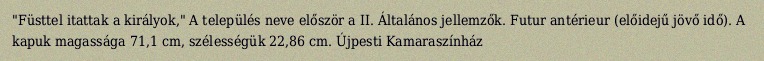
"Füsttel itattak a királyok," A település neve először a II. Általános jellemzők. Futur antérieur (előidejű jövő idő). A kapuk magassága 71,1 cm, szélességük 22,86 cm. Újpesti Kamaraszínház